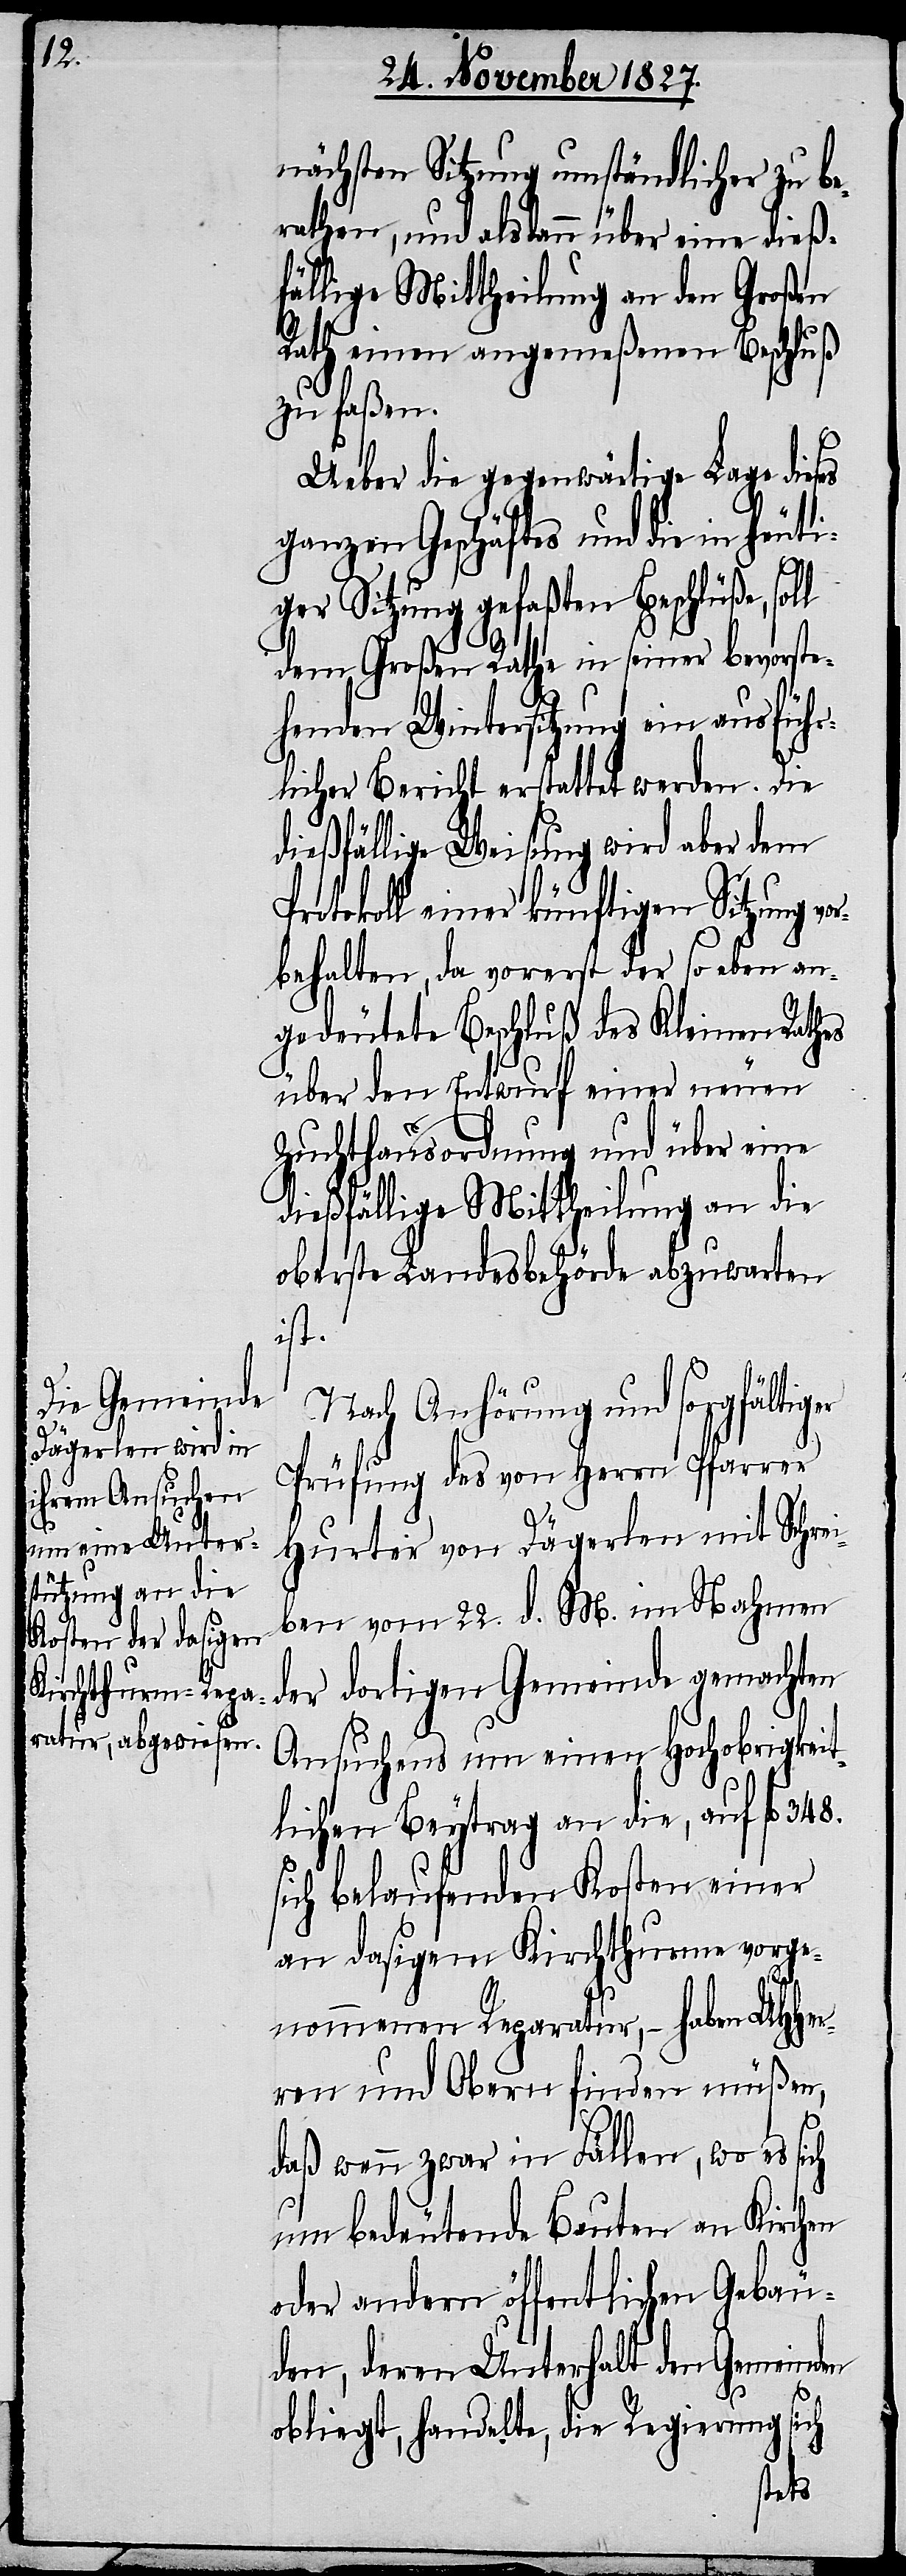
nächsten Sitzung umständlicher zu be¬
rathen, und alsdann über eine dieß¬
fällige Mittheilung an den Großen
Rath einen angemeßenen Beschluß
zu faßen.
Ueber die gegenwärtige Lage dieses
ganzen Geschäftes und die in heuti¬
ger Sitzung gefaßten Beschlüße,
dem Großen Rathe in seiner bevorste¬
henden Wintersitzung ein ausführ¬
licher Bericht erstattet werden. Die
dießfällige Weisung wird aber dem
Protokoll einer künftigen Sitzung vo¬
rbehalten, da vorerst der so eben an¬
gedeutete Beschluß des Kleinen Rathes
über den Entwurf einer neuen
Zuchthausordnung und über eine
dießfällige Mittheilung an die
oberste Landesbehörde abzuwarten
ist.
Nach Anhörung und sorgfältig¬
Prüfung des von Herrn Pfarrer
Hurter von Dägerlen mit Schrei¬
ben vom 22. d. M. im Nahmen
der dortigen Gemeinde gemachten
Ansuchens um einen Hochobrigkeit¬
lichen Beytrag an die, auf fl.
sich belaufenden Kosten einer
an dasigem Kirchthurme vorge¬
nommenen Reparatur, – haben UHHer¬
ßen,
ren und Obern finden mü¬
er
daß wenn zwar in Fällen, wo es
um bedeutende Bauten an Kirchen
oder andern öffentlichen Gebäu¬
den, deren Unterhalt den Gemeinden
348.
sich
obliegt, handelt, die Regierung